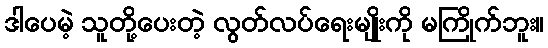
ဒါပေမဲ့ သူတို့ပေးတဲ့ လွတ်လပ်ရေးမျိုးကို မကြိုက်ဘူး။